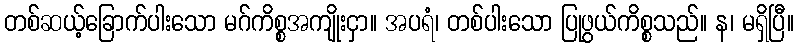
တစ်ဆယ့်ခြောက်ပါးသော မဂ်ကိစ္စအကျိုးငှာ။ အပရံ၊ တစ်ပါးသော ပြုဖွယ်ကိစ္စသည်။ န၊ မရှိပြီ။